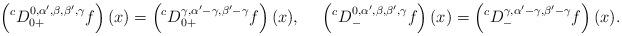
LaTeX: \begin{align*}\left({}^{c}D_{0+}^{0,\alpha',\beta,\beta',\gamma}f\right)(x)=\left({}^{c}D_{0+}^{\gamma,\alpha'-\gamma,\beta'-\gamma}f\right)(x),\ \ \ \ \left({}^{c}D_{-}^{0,\alpha',\beta,\beta',\gamma}f\right)(x)=\left({}^{c}D_{-}^{\gamma,\alpha'-\gamma,\beta'-\gamma}f\right)(x).\end{align*}